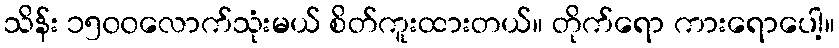
သိန်း ၁၅၀၀လောက်သုံးမယ် စိတ်ကူးထားတယ်။ တိုက်ရော ကားရောပေါ့။